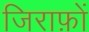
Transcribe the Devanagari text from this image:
जिराफ़ों